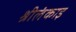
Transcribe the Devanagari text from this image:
श्रीलंकाइ